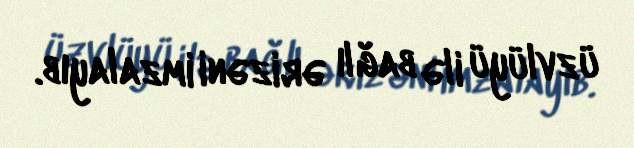
üzvlüyü ilə bağlı ərizəni imzalayıb.